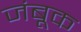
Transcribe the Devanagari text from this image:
जंबूक